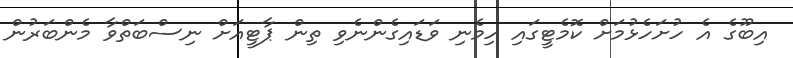
އިބޫގެ އެ ހުށަހެޅުމަށް ކޮމެޓީގައި ހިމެނި ވަޑައިގެންނެވި ތިން ޕާޓީއަށް ނިސްބަތްވާ މެންބަރުން